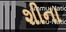
શીના